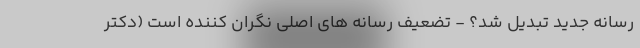
رسانه جدید تبدیل شد؟ - تضعیف رسانه های اصلی نگران کننده است (دکتر